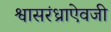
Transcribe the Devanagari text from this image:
श्वासरंध्राऐवजी